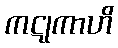
ကဋုကာဟိ